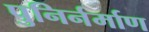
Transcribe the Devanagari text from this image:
पुनिर्नर्माण